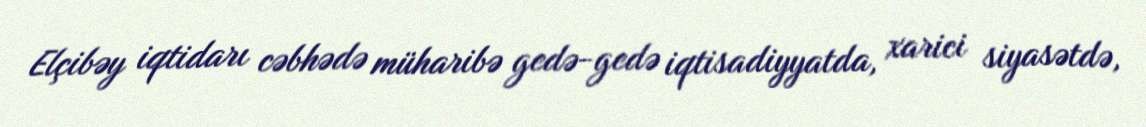
Elçibəy iqtidarı cəbhədə müharibə gedə-gedə iqtisadiyyatda, xarici siyasətdə,